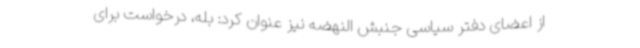
از اعضای دفتر سیاسی جنبش النهضه نیز عنوان کرد: بله، درخواست برای